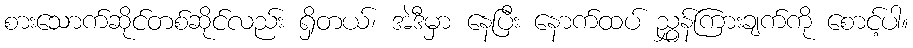
စားသောက်ဆိုင်တစ်ဆိုင်လည်း ရှိတယ်၊ အဲဒီမှာ နေပြီး နောက်ထပ် ညွှန်ကြားချက်ကို စောင့်ပါ။